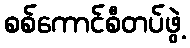
စစ်ကောင်စီတပ်ဖွဲ့